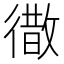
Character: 𭜁